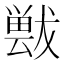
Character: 𱮤